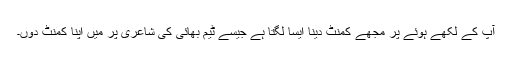
آپ کے لکھے ہوئے پر مجھے کمنٹ دینا ایسا لگتا ہے جیسے ٹیم بھائی کی شاعری پر میں اپنا کمنٹ دوں۔